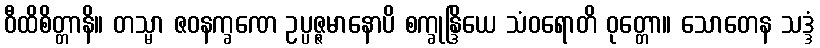
ဝီထိစိတ္တာနိ။ တသ္မာ ဇဝနက္ခဏေ ဥပ္ပဇ္ဇမာနောပိ စက္ခုန္ဒြိယေ သံဝရောတိ ဝုတ္တော။ သောတေန သဒ္ဒံ